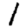
Digit: 1